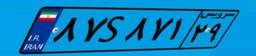
۸۷S۸۷۱۲۹